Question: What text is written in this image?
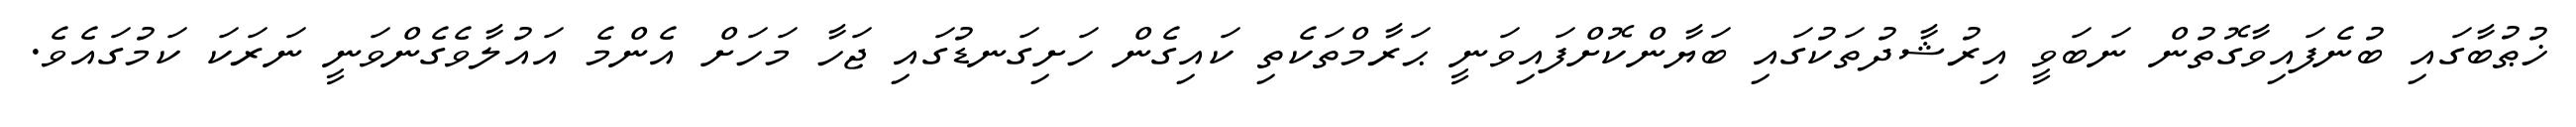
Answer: ޚުޠުބާގައި ބުނެފައިވާގޮތުން ނަބަވީ އިރުޝާދުތަކުގައި ބަޔާންކޮށްފައިވަނީ ޙަރާމްތަކެތި ކައިގެން ހަށިގަނޑުގައި ޖަހާ މަހަށް އެންމެ އައުލާވެގެންވަނީ ނަރަކަ ކަމުގައެވެ.